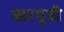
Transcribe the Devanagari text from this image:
खरपुडी